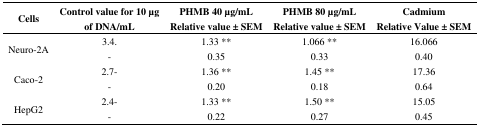
<table><thead><tr><td rowspan="2"><b>Cells</b></td><td rowspan="2"><b>Control value for 10 μg of DNA/mL</b></td><td><b>PHMB 40 μg/mL</b></td><td><b>PHMB 80 μg/mL </b></td><td><b>Cadmium</b></td></tr><tr><td><b>Relative value ± SEM</b></td><td><b>Relative value ± SEM</b></td><td><b>Relative Value ± SEM</b></td></tr></thead><tbody><tr><td rowspan="2">Neuro-2A</td><td>3.4.</td><td>1.33 **</td><td>1.066 **</td><td>16.066</td></tr><tr><td>-</td><td>0.35</td><td>0.33</td><td>0.40</td></tr><tr><td rowspan="2">Caco-2</td><td>2.7-</td><td>1.36 **</td><td>1.45 **</td><td>17.36</td></tr><tr><td>-</td><td>0.20</td><td>0.18</td><td>0.64</td></tr><tr><td rowspan="2">HepG2</td><td>2.4-</td><td>1.33 **</td><td>1.50 **</td><td>15.05</td></tr><tr><td>-</td><td>0.22</td><td>0.27</td><td>0.45</td></tr></tbody></table>